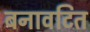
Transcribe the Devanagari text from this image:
बनावटित